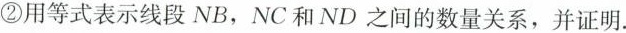
②用等式表示线段NB，NC和ND之间的数量关系，并证明.